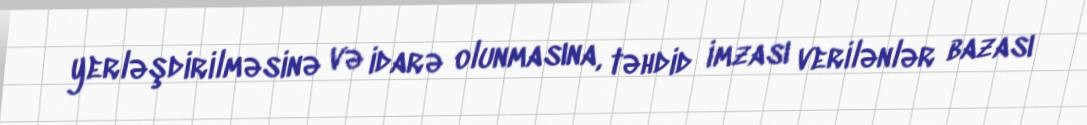
yerləşdirilməsinə və idarə olunmasına, təhdid imzası verilənlər bazası